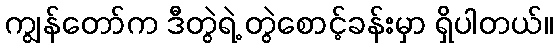
ကျွန်တော်က ဒီတွဲရဲ့ တွဲစောင့်ခန်းမှာ ရှိပါတယ်။